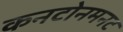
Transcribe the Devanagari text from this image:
कनटोनमनट